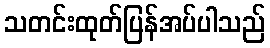
သတင်းထုတ်ပြန်အပ်ပါသည်